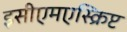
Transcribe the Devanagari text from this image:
इसीएमएस्क्रिप्ट